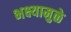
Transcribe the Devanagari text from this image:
भक्ष्यामुळे